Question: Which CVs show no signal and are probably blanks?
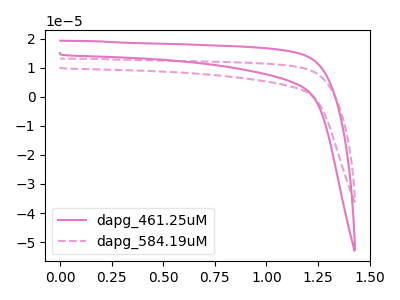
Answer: <think>The pink curve "dapg_461.25uM" has no peaks. The pink dashed curve "dapg_584.19uM" has no peaks.</think>
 <answer>"dapg_461.25uM" and "dapg_584.19uM" are likely to be blanks.</answer>
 <eval>"dapg_461.25uM", "dapg_584.19uM"</eval>